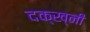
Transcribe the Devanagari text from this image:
दक्ख्नी